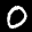
Label: 0